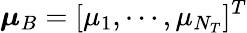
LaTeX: \boldsymbol\mu_{B}=[\mu_{1},\cdots,\mu_{N_{T}}]^{T}